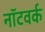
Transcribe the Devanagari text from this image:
नॉटवर्क